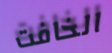
الخافت